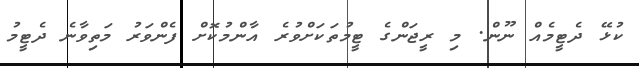
ކުޅޭ ދެޓީމެއް ނޫން. މި ރީޖަންގެ ޓީމުތަކަށްވުރެ އާންމުކޮށް ފެންވަރު މަތިވާނެ ދެޓީމު